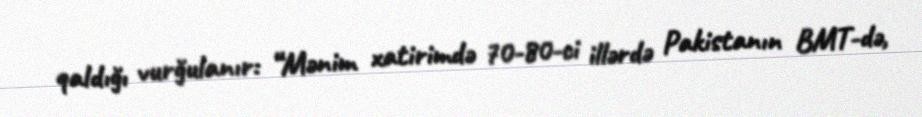
qaldığı vurğulanır: “Mənim xatirimdə 70-80-ci illərdə Pakistanın BMT-də,